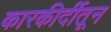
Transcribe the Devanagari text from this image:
कारकीर्दीतून